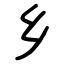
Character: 乡